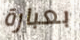
بعبارة